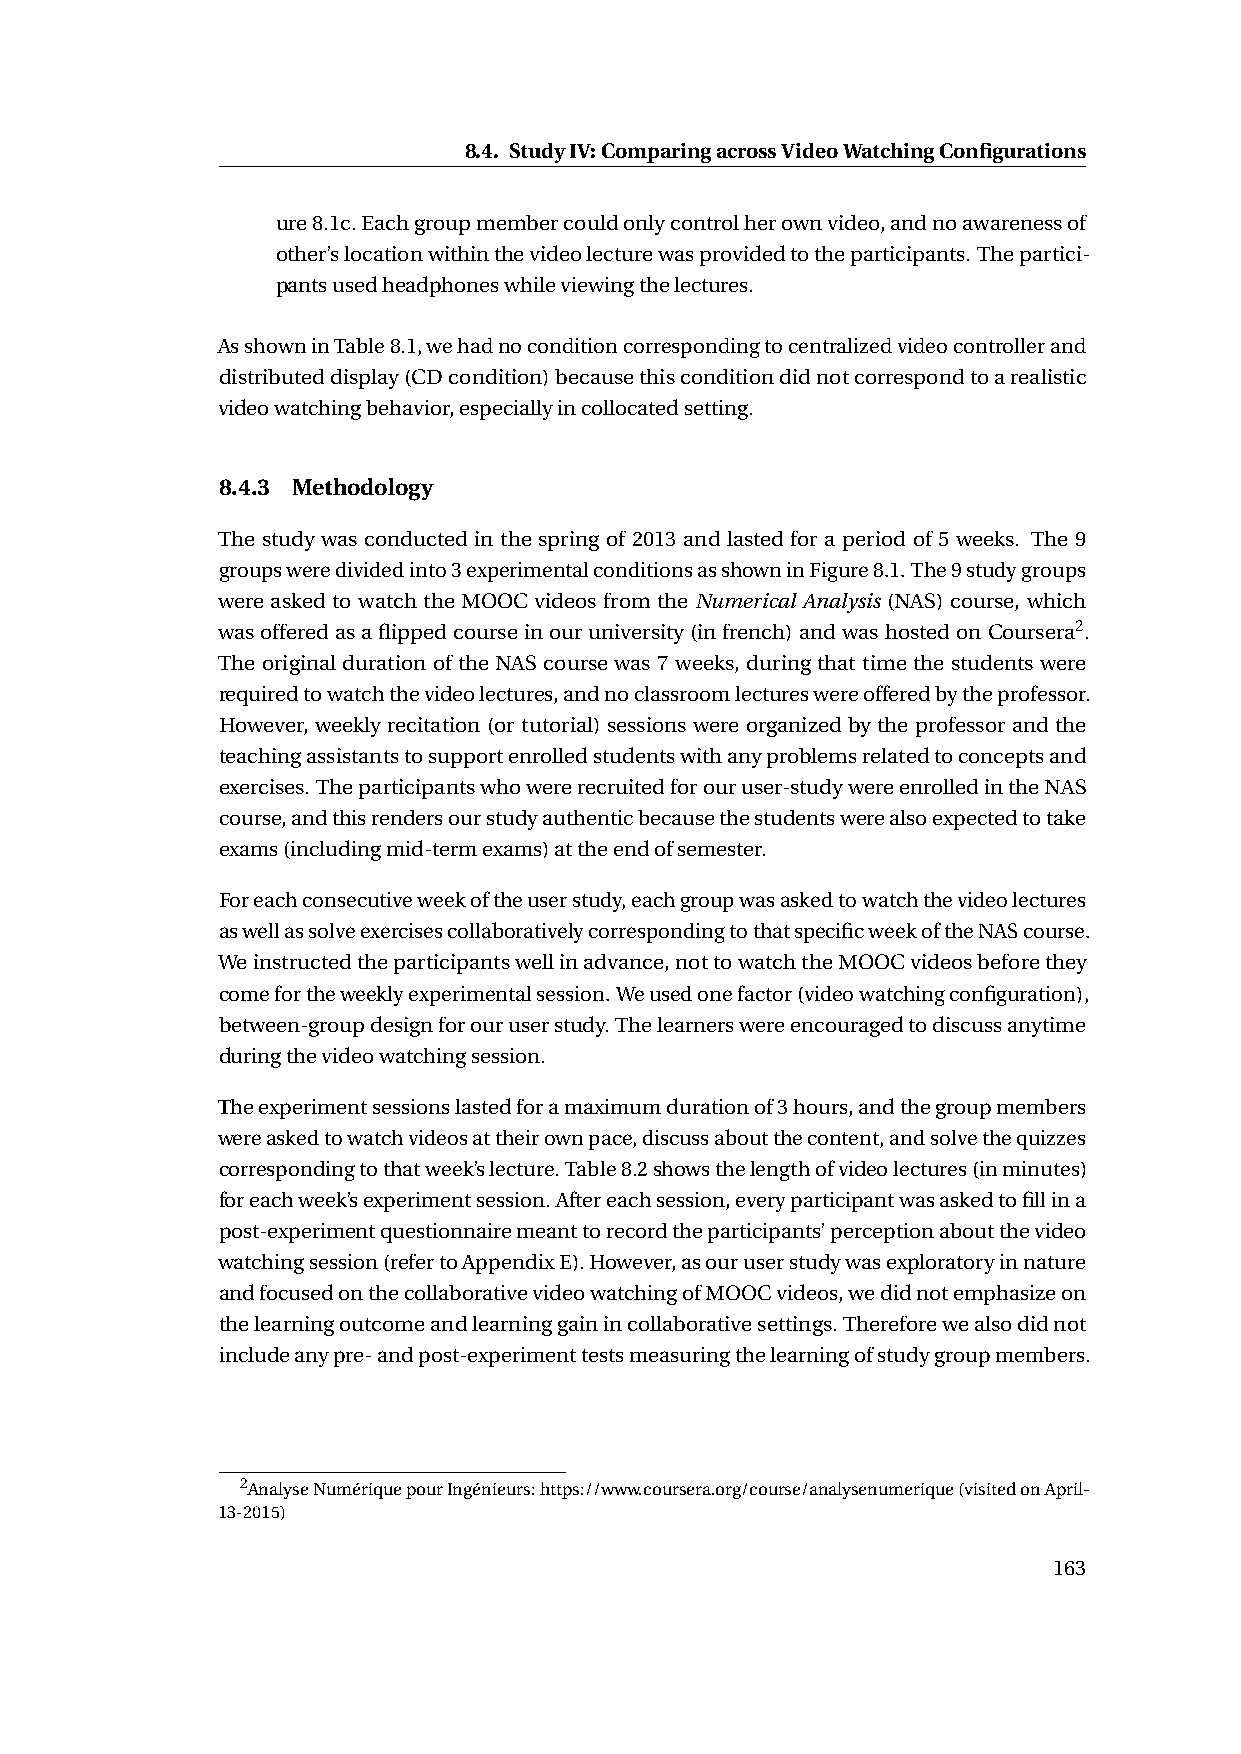
8.4. StudyIV:ComparingacrossVideoWatchingConfigurations
 ure8.1c.Eachgroupmembercouldonlycontrolherownvideo,andnoawarenessof
 other’slocationwithinthevideolecturewasprovidedtotheparticipants.Thepartici-
 pantsusedheadphoneswhileviewingthelectures.
 AsshowninTable8.1,wehadnoconditioncorrespondingtocentralizedvideocontrollerand
 distributeddisplay(CDcondition)becausethisconditiondidnotcorrespondtoarealistic
 videowatchingbehavior,especiallyincollocatedsetting.
 8.4.3 Methodology
 The study was conducted in the spring of 2013 and lasted for a period of 5 weeks. The 9
 groupsweredividedinto3experimentalconditionsasshowninFigure8.1.The9studygroups
 were asked to watch the MOOC videos from the Numerical Analysis (NAS) course, which
 wasofferedasaflippedcourseinouruniversity(infrench)andwashostedonCoursera2.
 The original duration of the NAS course was 7 weeks, during that time the students were
 requiredtowatchthevideolectures,andnoclassroomlectureswereofferedbytheprofessor.
 However, weekly recitation (or tutorial) sessions were organized by the professor and the
 teachingassistantstosupportenrolledstudentswithanyproblemsrelatedtoconceptsand
 exercises.Theparticipantswhowererecruitedforouruser-studywereenrolledintheNAS
 course,andthisrendersourstudyauthenticbecausethestudentswerealsoexpectedtotake
 exams(includingmid-termexams)attheendofsemester.
 Foreachconsecutiveweekoftheuserstudy,eachgroupwasaskedtowatchthevideolectures
 aswellassolveexercisescollaborativelycorrespondingtothatspecificweekoftheNAScourse.
 Weinstructedtheparticipantswellinadvance,nottowatchtheMOOCvideosbeforethey
 comefortheweeklyexperimentalsession.Weusedonefactor(videowatchingconfiguration),
 between-groupdesignforouruserstudy.Thelearnerswereencouragedtodiscussanytime
 duringthevideowatchingsession.
 Theexperimentsessionslastedforamaximumdurationof3hours,andthegroupmembers
 wereaskedtowatchvideosattheirownpace,discussaboutthecontent,andsolvethequizzes
 correspondingtothatweek’slecture.Table8.2showsthelengthofvideolectures(inminutes)
 foreachweek’sexperimentsession.Aftereachsession,everyparticipantwasaskedtofillina
 post-experimentquestionnairemeanttorecordtheparticipants’perceptionaboutthevideo
 watchingsession(refertoAppendixE).However,asouruserstudywasexploratoryinnature
 andfocusedonthecollaborativevideowatchingofMOOCvideos,wedidnotemphasizeon
 thelearningoutcomeandlearninggainincollaborativesettings.Thereforewealsodidnot
 includeanypre-andpost-experimenttestsmeasuringthelearningofstudygroupmembers.
 2AnalyseNumériquepourIngénieurs:https://www.coursera.org/course/analysenumerique(visitedonApril-
 13-2015)
 163